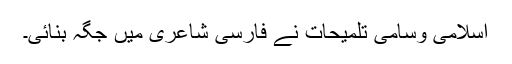
اسلامی وسامی تلمیحات نے فارسی شاعری میں جگہ بنائی۔